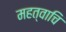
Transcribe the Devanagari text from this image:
महत्वाचि